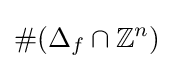
\#(\Delta _{f}\cap \mathbb {Z} ^{n})